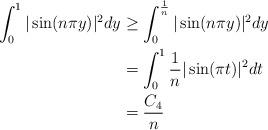
LaTeX: \begin{align*} \int_0^1 |\sin(n \pi y)|^2 dy &\geq \int_0^{\frac{1}{n}} |\sin(n \pi y)|^2 dy && \\&=\int_0^1 \frac{1}{n} |\sin(\pi t)|^2 dt \\&= \frac{C_4}{n} \end{align*}